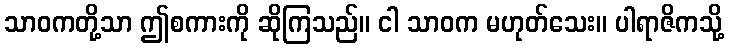
သာဝကတို့သာ ဤစကားကို ဆိုကြသည်။ ငါ သာဝက မဟုတ်သေး။ ပါရာဇိကသို့